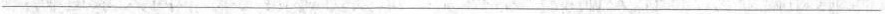
___